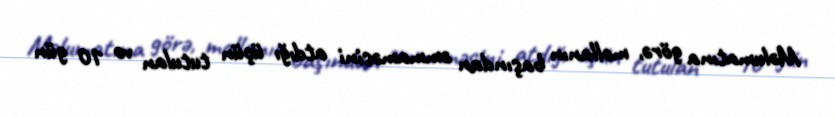
Məlumatına görə, mollanın başından əmmaməsini atdığı üçün tutulan və 10 gün